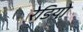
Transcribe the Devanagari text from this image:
रेडियो़